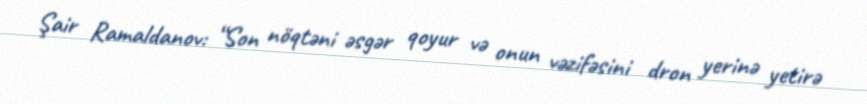
Şair Ramaldanov: “Son nöqtəni əsgər qoyur və onun vəzifəsini dron yerinə yetirə